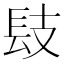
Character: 𨱜